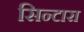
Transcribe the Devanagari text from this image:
सिन्टारा